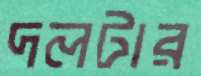
দলটার